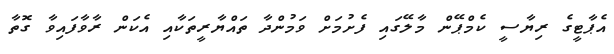
އެޕާޓީގެ ރިޔާސީ ކެމްޕޭން މާލޭގައި ފެށުމަށް ވަމުންދާ ތައްޔާރީތަކާއި އެކަން ރާވާފައިވާ ގޮތާ